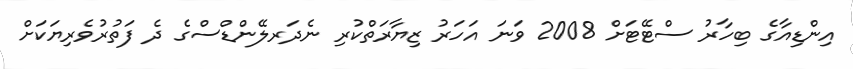
އިންޑިއާގެ ބިހާރު ސްޓޭޓަށް 2008 ވަނަ އަހަރު ޒިޔާރަތްކުރި ނެދަރލޭންޑްސްގެ ދެ ފަތުރުވެރިޔަކަށް